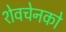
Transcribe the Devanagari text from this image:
शेवचेनको